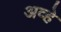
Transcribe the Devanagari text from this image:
अव्हे